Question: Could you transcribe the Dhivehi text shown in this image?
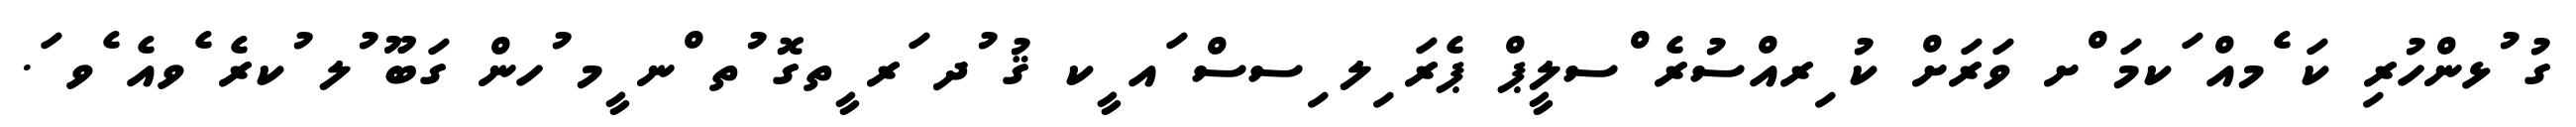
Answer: ގު ުޅންހުރި ކަ ެމއް ަކމަ ްށ ވަރަށް ކު ިރއްސުރެ ްސލީޕް ޕެރަ ިލ ިސސް ައ ީކ ޤު ުދ ަރ ީތގޮ ުތ ްނ ީމ ުހން ގަބޫ ުލ ުކރެ ެވއެ ެވ ަ.